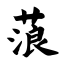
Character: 蒗